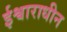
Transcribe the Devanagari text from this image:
ईश्वाराधीन